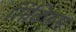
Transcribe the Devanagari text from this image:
सिकिड्स